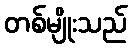
တစ်မျိုးသည်